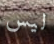
ليس